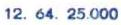
12.64.25.000